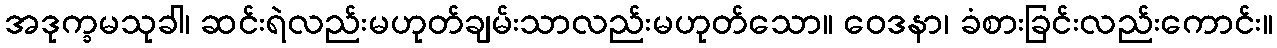
အဒုက္ခမသုခါ၊ ဆင်းရဲလည်းမဟုတ်ချမ်းသာလည်းမဟုတ်သော။ ဝေဒနာ၊ ခံစားခြင်းလည်းကောင်း။